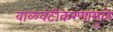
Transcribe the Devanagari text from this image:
वाळवंटीकरणामुळे